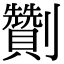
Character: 劗